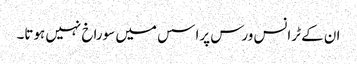
ان کے ٹرانس ورس پراسس میں سوراخ نہیں ہوتا۔